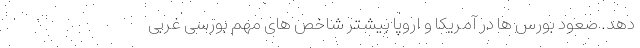
دهد. صعود بورس ها در آمریکا و اروپا بیشتر شاخص های مهم بورسی غربی